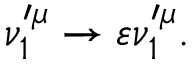
\nu _ { 1 } ^ { \prime \mu } \rightarrow \varepsilon \nu _ { 1 } ^ { \prime \mu } .